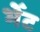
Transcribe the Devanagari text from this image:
भेँट